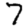
Digit: 7